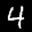
Label: 4